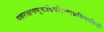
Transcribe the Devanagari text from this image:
यक्षराक्षसभूतादिचोरव्याघ्रविघातिनी